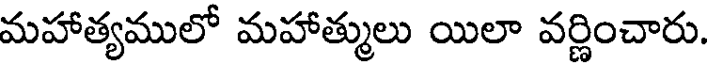
మహాత్యములో మహాత్ములు యిలా వర్ణించారు.